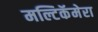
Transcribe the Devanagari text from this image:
मल्टिकॅमेरा